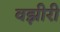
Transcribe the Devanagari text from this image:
वझीरी